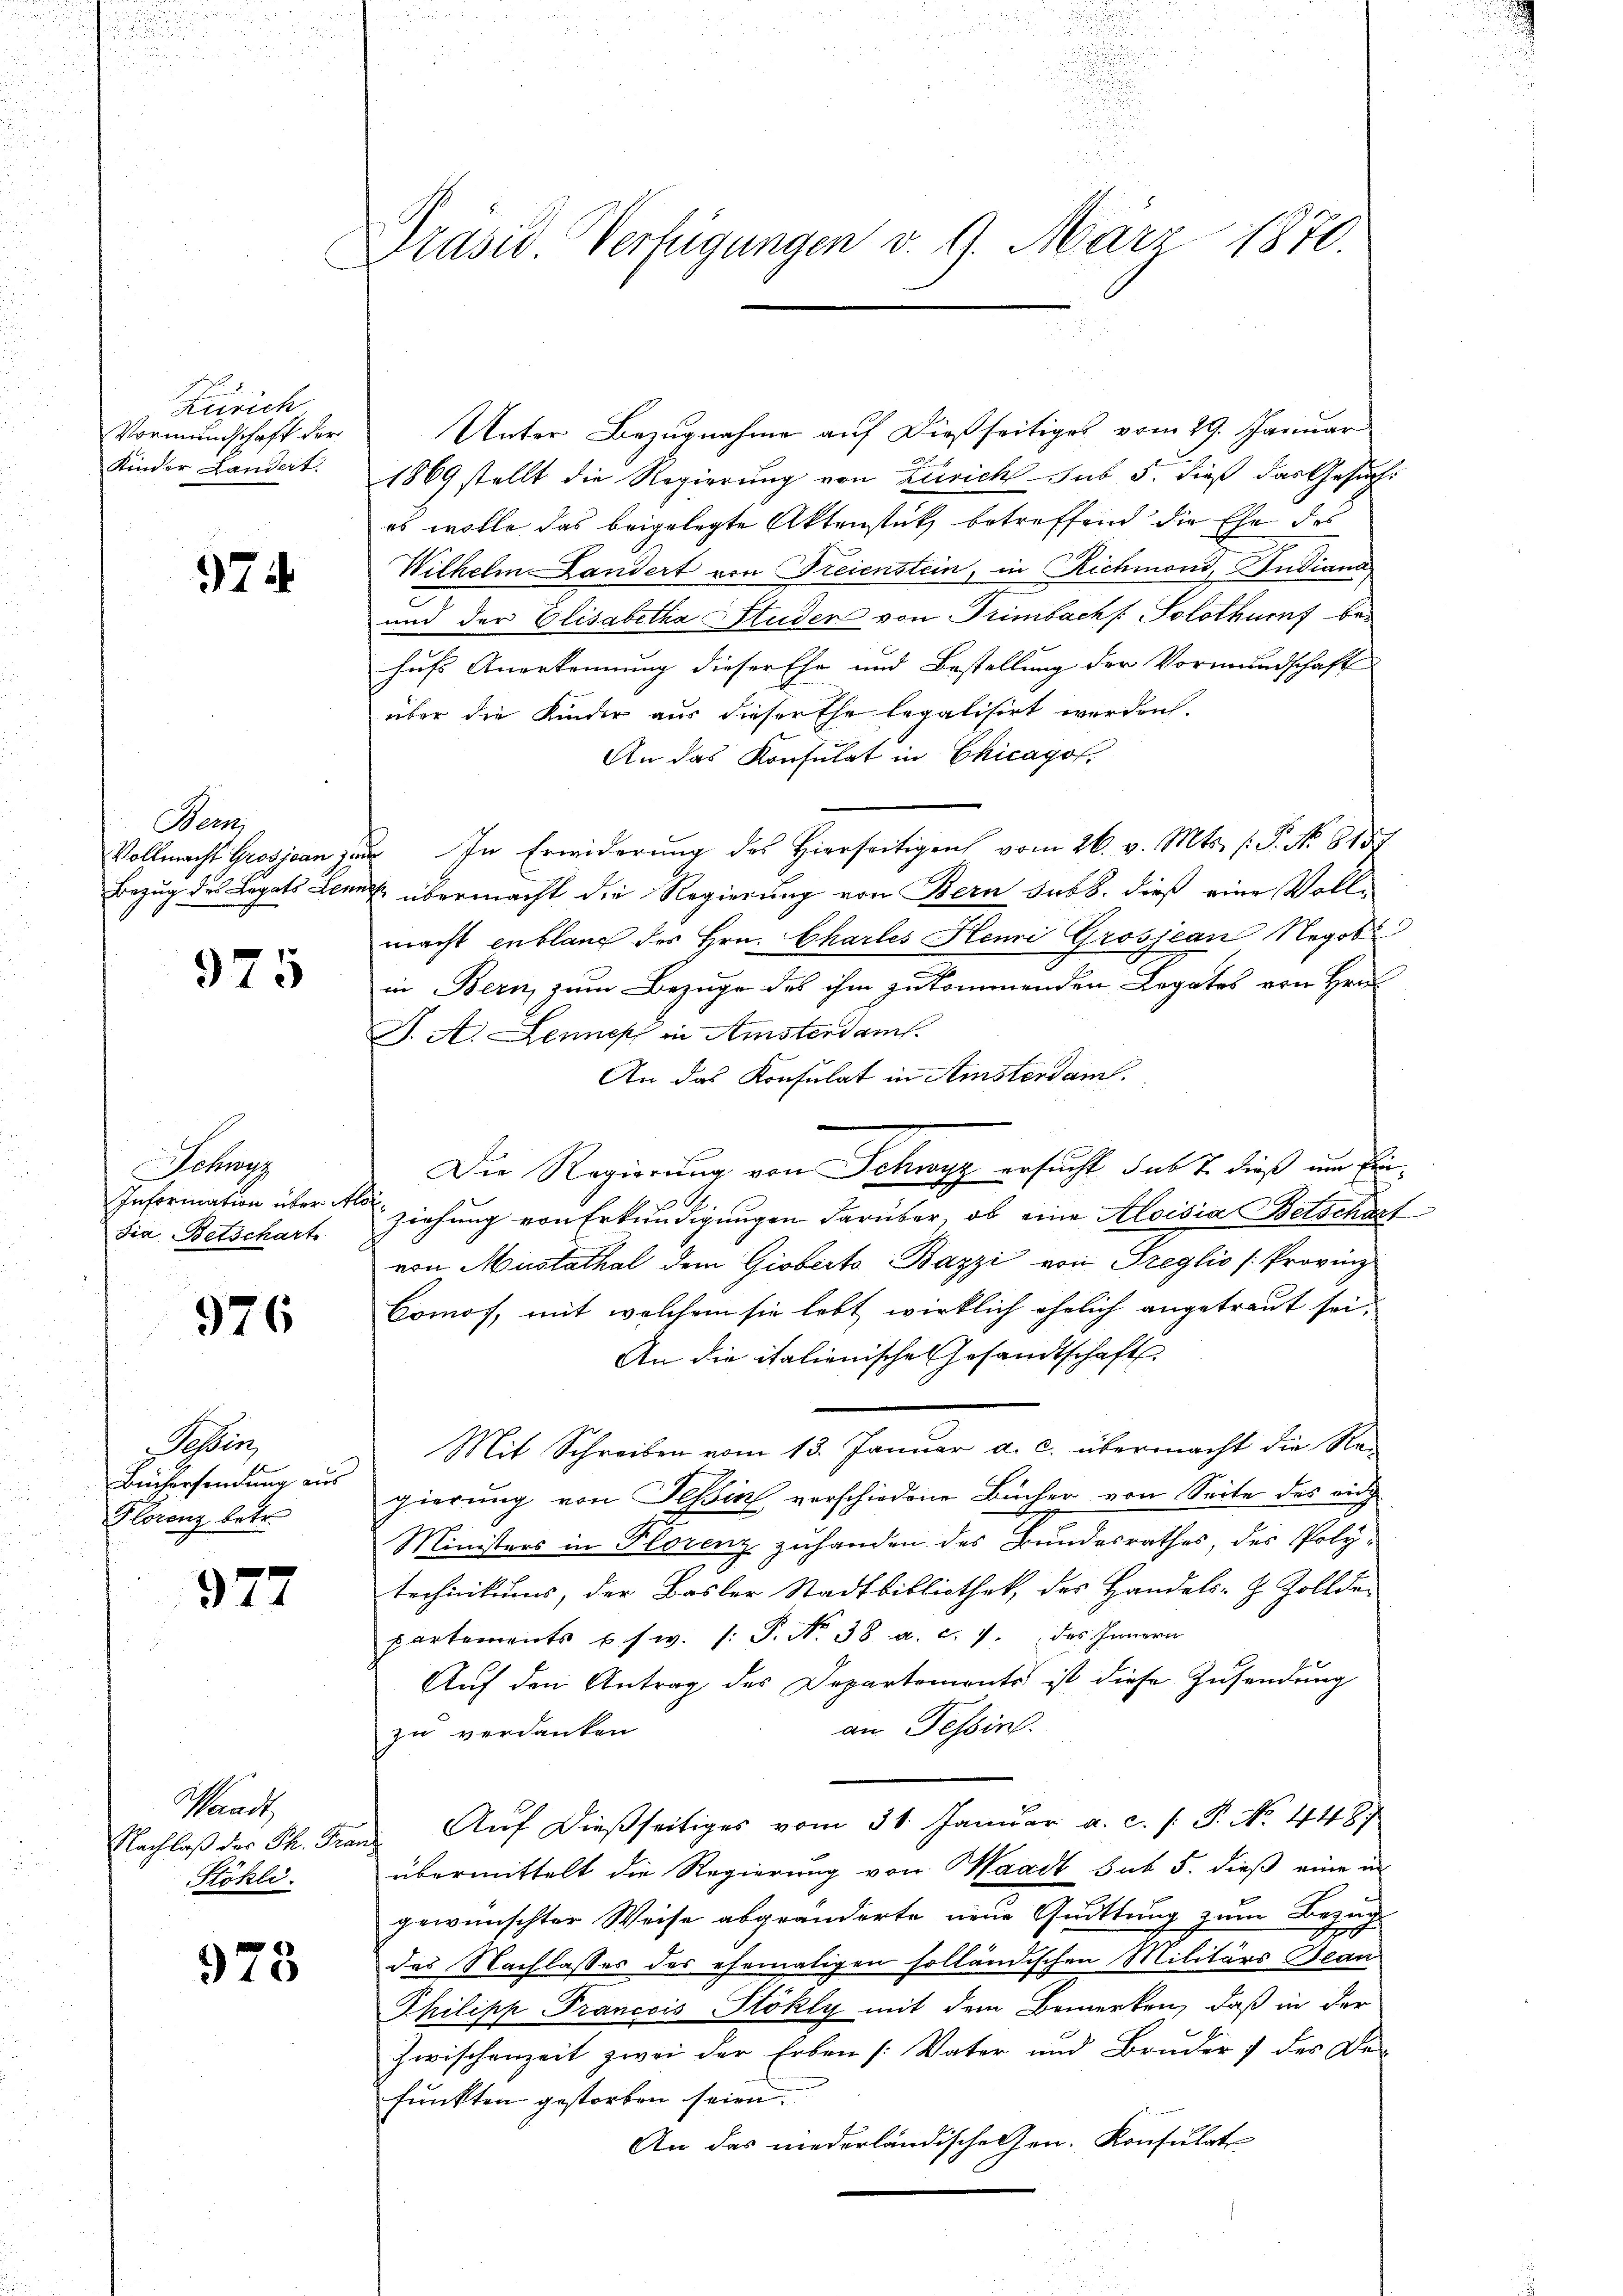
Zürich
Vormundschaft der
Kinder Landert.

974

Nein
Vollmacht Grosjean zum
Bezug des Legats Lenn

975

Schurg
Information über Al
din Betschart

976

Seder
Büchersendung aus
Florenz betr.

977

Schaut
Nachlaß des Th. Fra
Stöhli

973

u
d

Präsid Verfügungen v. 9. März 1870.

Unter Bezugnahme auf dießseitiges vom 29. Januar
1869 stellt die Regierung von Zürich sub 3. dieß das Gesuch:
es wolle das beigelegte Aktenstutz betreffend die Ehe des
Wilhelm Landert von Freienstein, in Richmond, Studiana
und der Elisabetha Studen von Trimbach Solothurf behufs Anerkennung dieser Ehe und Bestellung der Vormundschaft
über die Kinder aus dieser Ehe legalisirt werden.
An das Konsulat in Chicagof.
In Erwiderung des Hierseitigen vom 26. v. Mts. (: P. No. 8151.
& übermacht die Regierung von Bern sub b. dieß eine Vollmacht entlang des Hrn. Chartes Henri Grosjean Negot
in Bern, zum Bezuge des ihm zukommenden Legates von Hrn
J. A. Denes in Amsterdam.
An das Konsulat in Ainsterdam.
Die Regierung von Schwyz ersucht sub 7. dieß um Ein¬
.
ziehung von Erkundigungen darüber, ob eine Aloisia Betscharf
von Mustathal dem Gioberts Bazzi von Treglio (Provinz
Comos, mit welchem sie lebt wirklich ehelich angetraut sei,
An die italienischen Gesandtschaft
Mit Schreiben vom 13. Januar a. c. übermacht die Regierung von Teßin verschiedene Bücher von Seite des auch
Ministers in Florenz zuhanden des Bundesrathes, des Poly-
technikums, der Basler Stadtbibliothek, des Handels-Z Zollde-
partements u. s. w. (: P. Nr. 38 a. c. 7. des Innern
Auf den Antrag der Departements ist diese Zusendung
an Tessin.
zu verdanken
Aŭf dießseitiges vom 31. Januar a. c. s. S. No. 4487
übermittelt die Regierung von Waadt sub 5. dieß eine an
gewünschter Weise abgeänderte neue Quittung zum Bezug
des Nachlasses des ehemaligen solländischen Militärs Bean
Philipp Francois Stokly mit dem Bemerken, daß in der
Zwischenzeit zwei der Erben (Vater und Bruder 7 des De-
funkten gestorben seien.
An das niederländischehen. Konsulat